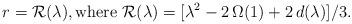
LaTeX: \begin{align*}r = {\cal R} (\lambda) , \mbox{where} \ {\cal R} (\lambda) = [ \lambda^2 - 2 \, \Omega (1) + 2 \, d (\lambda) ] / 3 . \end{align*}